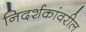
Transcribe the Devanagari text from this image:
निदर्शकांवरील